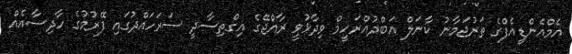
އެމްއެންޑީއެފްގެ ތަރުޖަމާނު ކާނަލް އަބްދުއްރަހީމް ވިދާޅުވީ ރާއްޖޭގެ އިގްތިސާދީ ސަރަހައްދުގައި ފޭރުމުގެ ހާދިސާއެއް